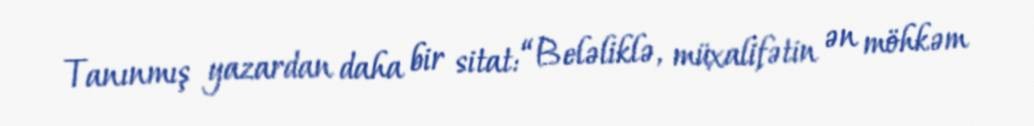
Tanınmış yazardan daha bir sitat: “Beləliklə, müxalifətin ən möhkəm